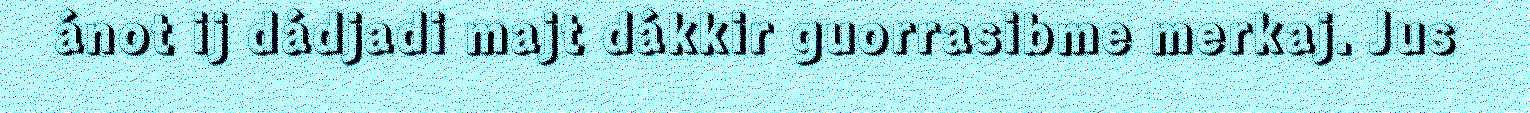
ánot ij dádjadi majt dákkir guorrasibme merkaj. Jus